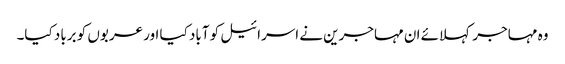
وہ مہاجر کہلائے ان مہاجرین نے اسرائیل کو آباد کیا اور عربوں کو برباد کیا۔